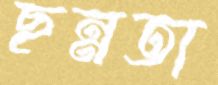
ছন্নতা